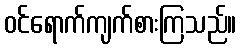
ဝင်ရောက်ကျက်စားကြသည်။